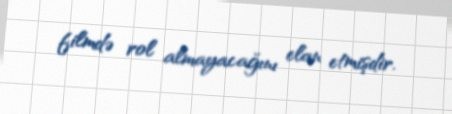
filmdə rol almayacağını elan etmişdir.